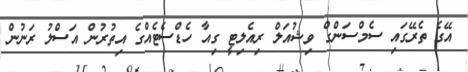
އޭގެ ތެރޭގައި ސެމްސަންގް ވިޝުއަލް ރިއެލިޓީ ގިއާ ހެޑްސެޓެއްގެ އިތުރުން އަސްލު ރަނުން